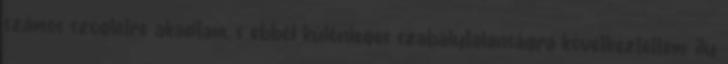
számos szögletre akadtam, s ebből különleges szabálytalanságra következtettem; ily